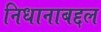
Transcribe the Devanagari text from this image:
निधानाबद्दल